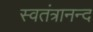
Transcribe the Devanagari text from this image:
स्वतंत्रानन्द